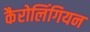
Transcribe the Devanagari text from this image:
कैरोलिंगियन